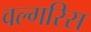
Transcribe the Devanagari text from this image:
वल्गरिस